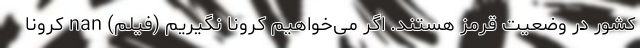
کشور در وضعیت قرمز هستند. اگر می‌خواهیم کرونا نگیریم (فیلم) nan کرونا